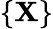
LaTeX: \{ {\mathbf X}\}